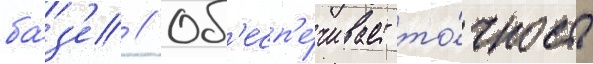
ба́з'е // Об'есп'е́чивает то́чность